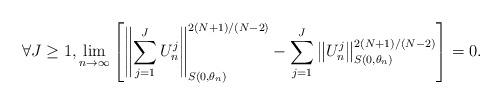
LaTeX: \begin{align*}\forall J \geq 1, \lim_{n \rightarrow \infty} \left [ \left \| \sum_{j = 1}^J U^j_n\right \|_{S(0,\theta_n)}^{2(N+1)/(N-2)}- \sum_{j = 1}^J \left \| U^j_n\right \|_{S(0,\theta_n)}^{2(N+1)/(N-2)} \right ] = 0. \end{align*}